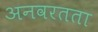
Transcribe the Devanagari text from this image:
अनवरतता